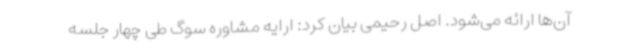
آن‌ها ارائه می‌شود. اصل رحیمی بیان کرد: ارایه مشاوره سوگ طی چهار جلسه